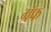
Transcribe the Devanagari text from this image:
ग्रॅफ